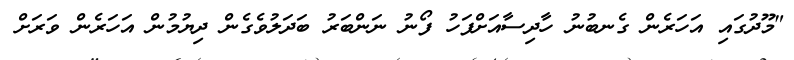
"މޫދުގައި އަހަރެން ގެނބުނު ހާދިސާއަށްފަހު ފޯނު ނަންބަރު ބަދަލުވެގެން ދިޔުމުން އަހަރެން ވަރަށް